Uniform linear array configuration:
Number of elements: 48
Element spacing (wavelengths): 0.5
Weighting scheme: uniform
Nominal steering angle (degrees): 0
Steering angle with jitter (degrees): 1.815
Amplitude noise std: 0.05
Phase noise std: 0.05

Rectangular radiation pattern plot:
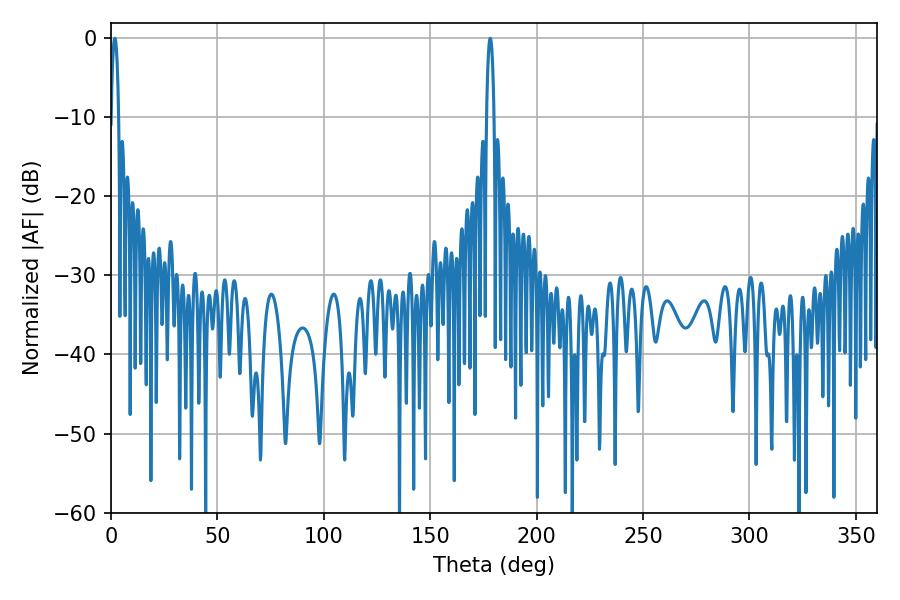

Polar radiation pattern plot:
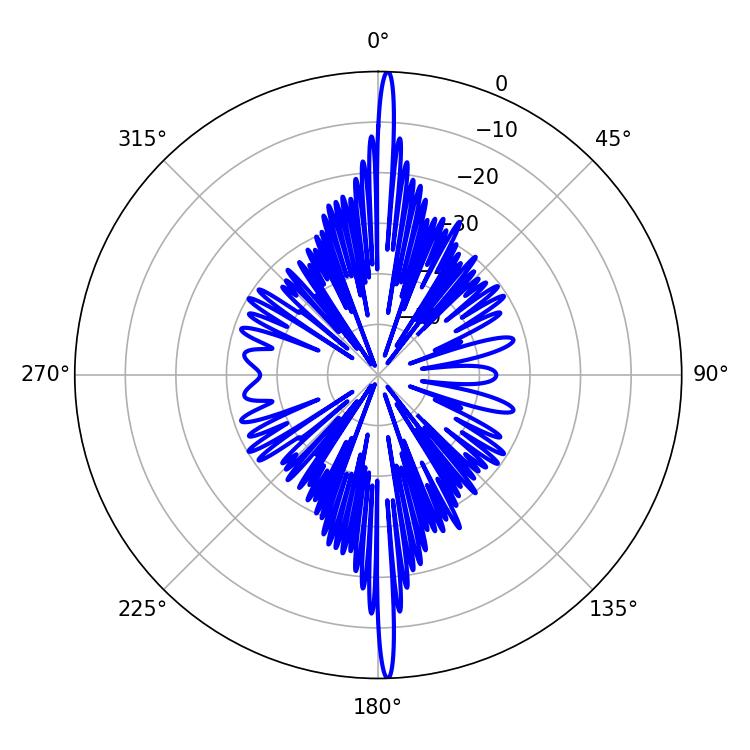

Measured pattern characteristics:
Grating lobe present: FALSE
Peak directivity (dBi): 28.905
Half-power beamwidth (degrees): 1.8
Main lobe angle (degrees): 1.8